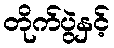
တိုက်ပွဲနှင့်